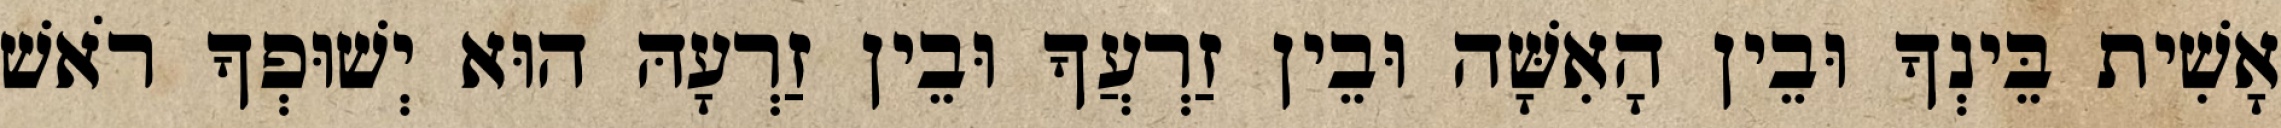
אָשִׁית בֵּינְךָ וּבֵין הָאִשָּׁה וּבֵין זַרְעֲךָ וּבֵין זַרְעָהּ הוּא יְשׁוּפְךָ רֹאשׁ